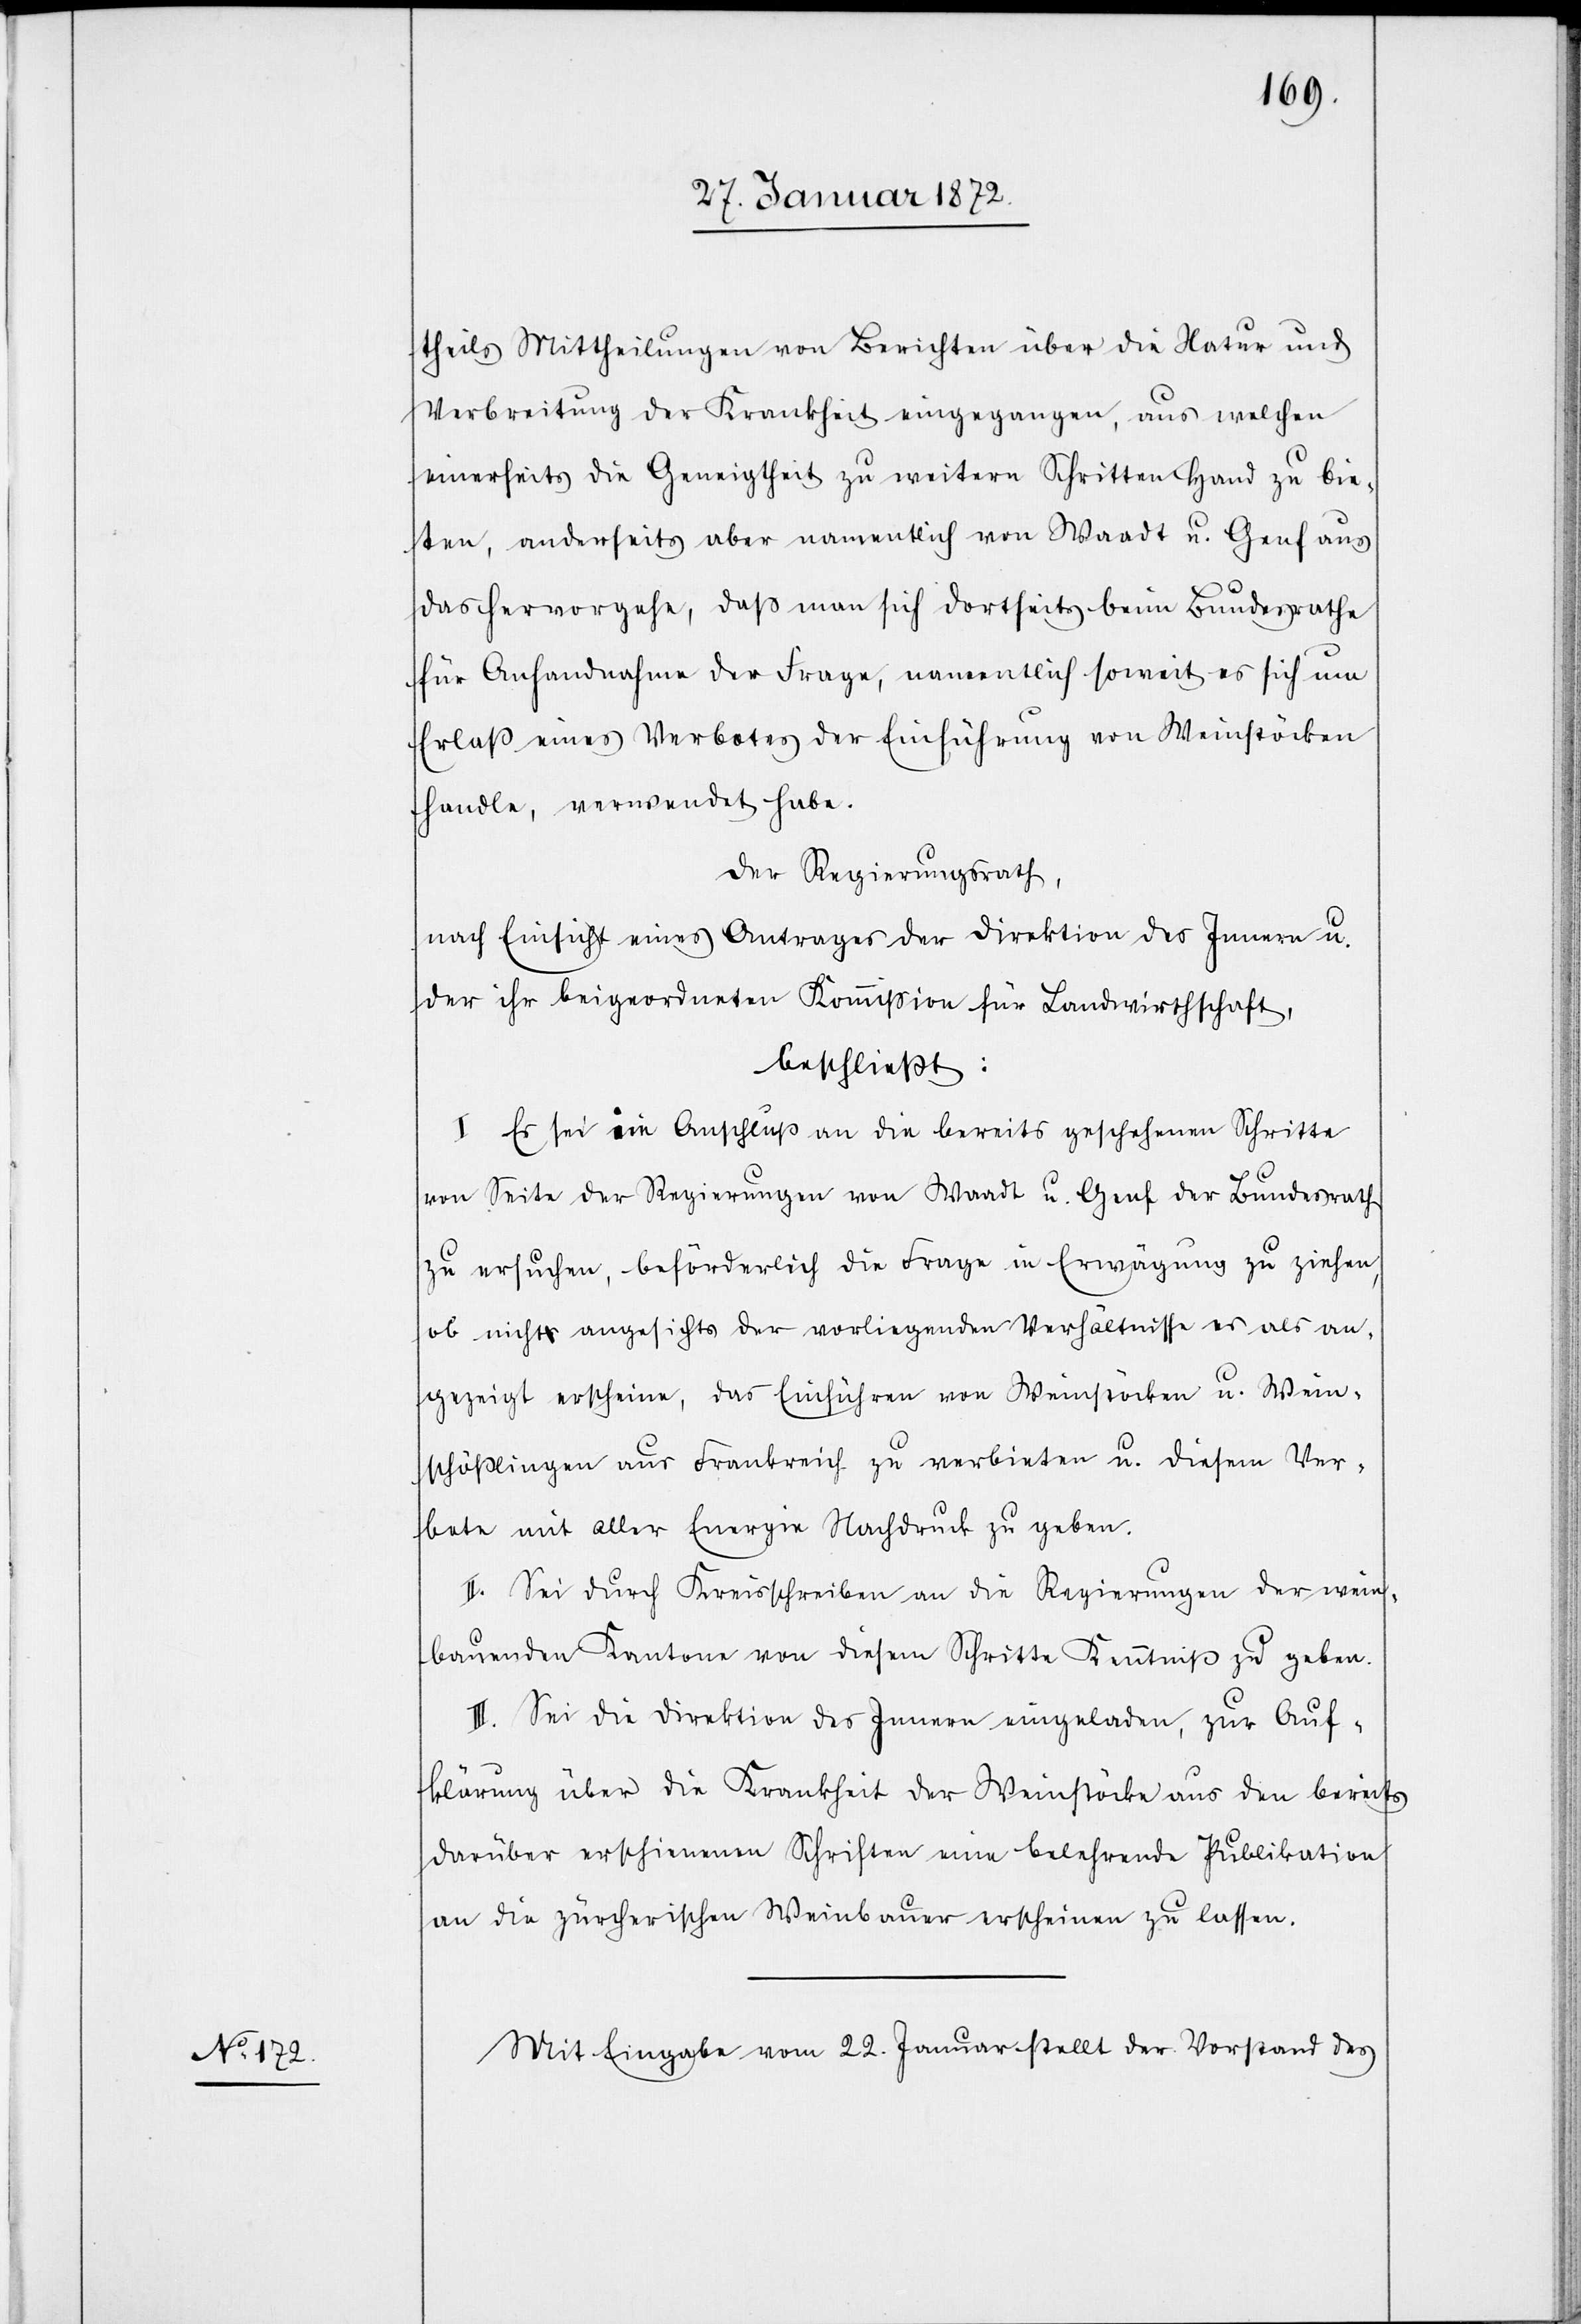
theils Mittheilungen von Berichten über die Natur und
Verbreitung der Krankheit eingegangen, aus welchen
einerseits die Geneigtheit zu weitern Schritten Hand zu bie¬
ten, anderseits aber namentlich von Waadt u. Genf aus
das hervorgehe, daß man sich dortseits beim Bundesrathe
für Anhandnahme der Frage, namentlich soweit es sich um
Erlaß eines Verbotes der Einführung von Weinstöcken
handle, verwendet habe.
Der Regierungsrath,
nach Einsicht eines Antrages der Direktion des Innern u.
der ihr beigeordneten Kommission für Landwirthschaft,
beschließt:
I. Es sei im Anschluß an die bereits geschehenen Schritte
von Seite der Regierungen von Waadt u. Genf der Bundesrath
zu ersuchen, beförderlich die Frage in Erwägung zu ziehen,
ob nicht angesichts der vorliegenden Verhältnisse es als an¬
gezeigt erscheine, das Einführen von Weinstöcken u. Wein¬
schößlingen aus Frankreich zu verbieten u. diesem Ver¬
bote mit aller Energie Nachdruck zu geben.
II. Sei durch Kreisschreiben an die Regierungen der wein¬
bauenden Kantone von diesem Schritte Kenntniß zu geben.
III. Sei die Direktion des Innern eingeladen, zur Auf¬
klärung über die Krankheit der Weinstöcke aus den bereits
darüber erschienenen Schriften eine belehrende Publikation
an die zürcherischen Weinbauer erscheinen zu lassen.
Mit Eingabe vom 22. Januar stellt der Vorstand des